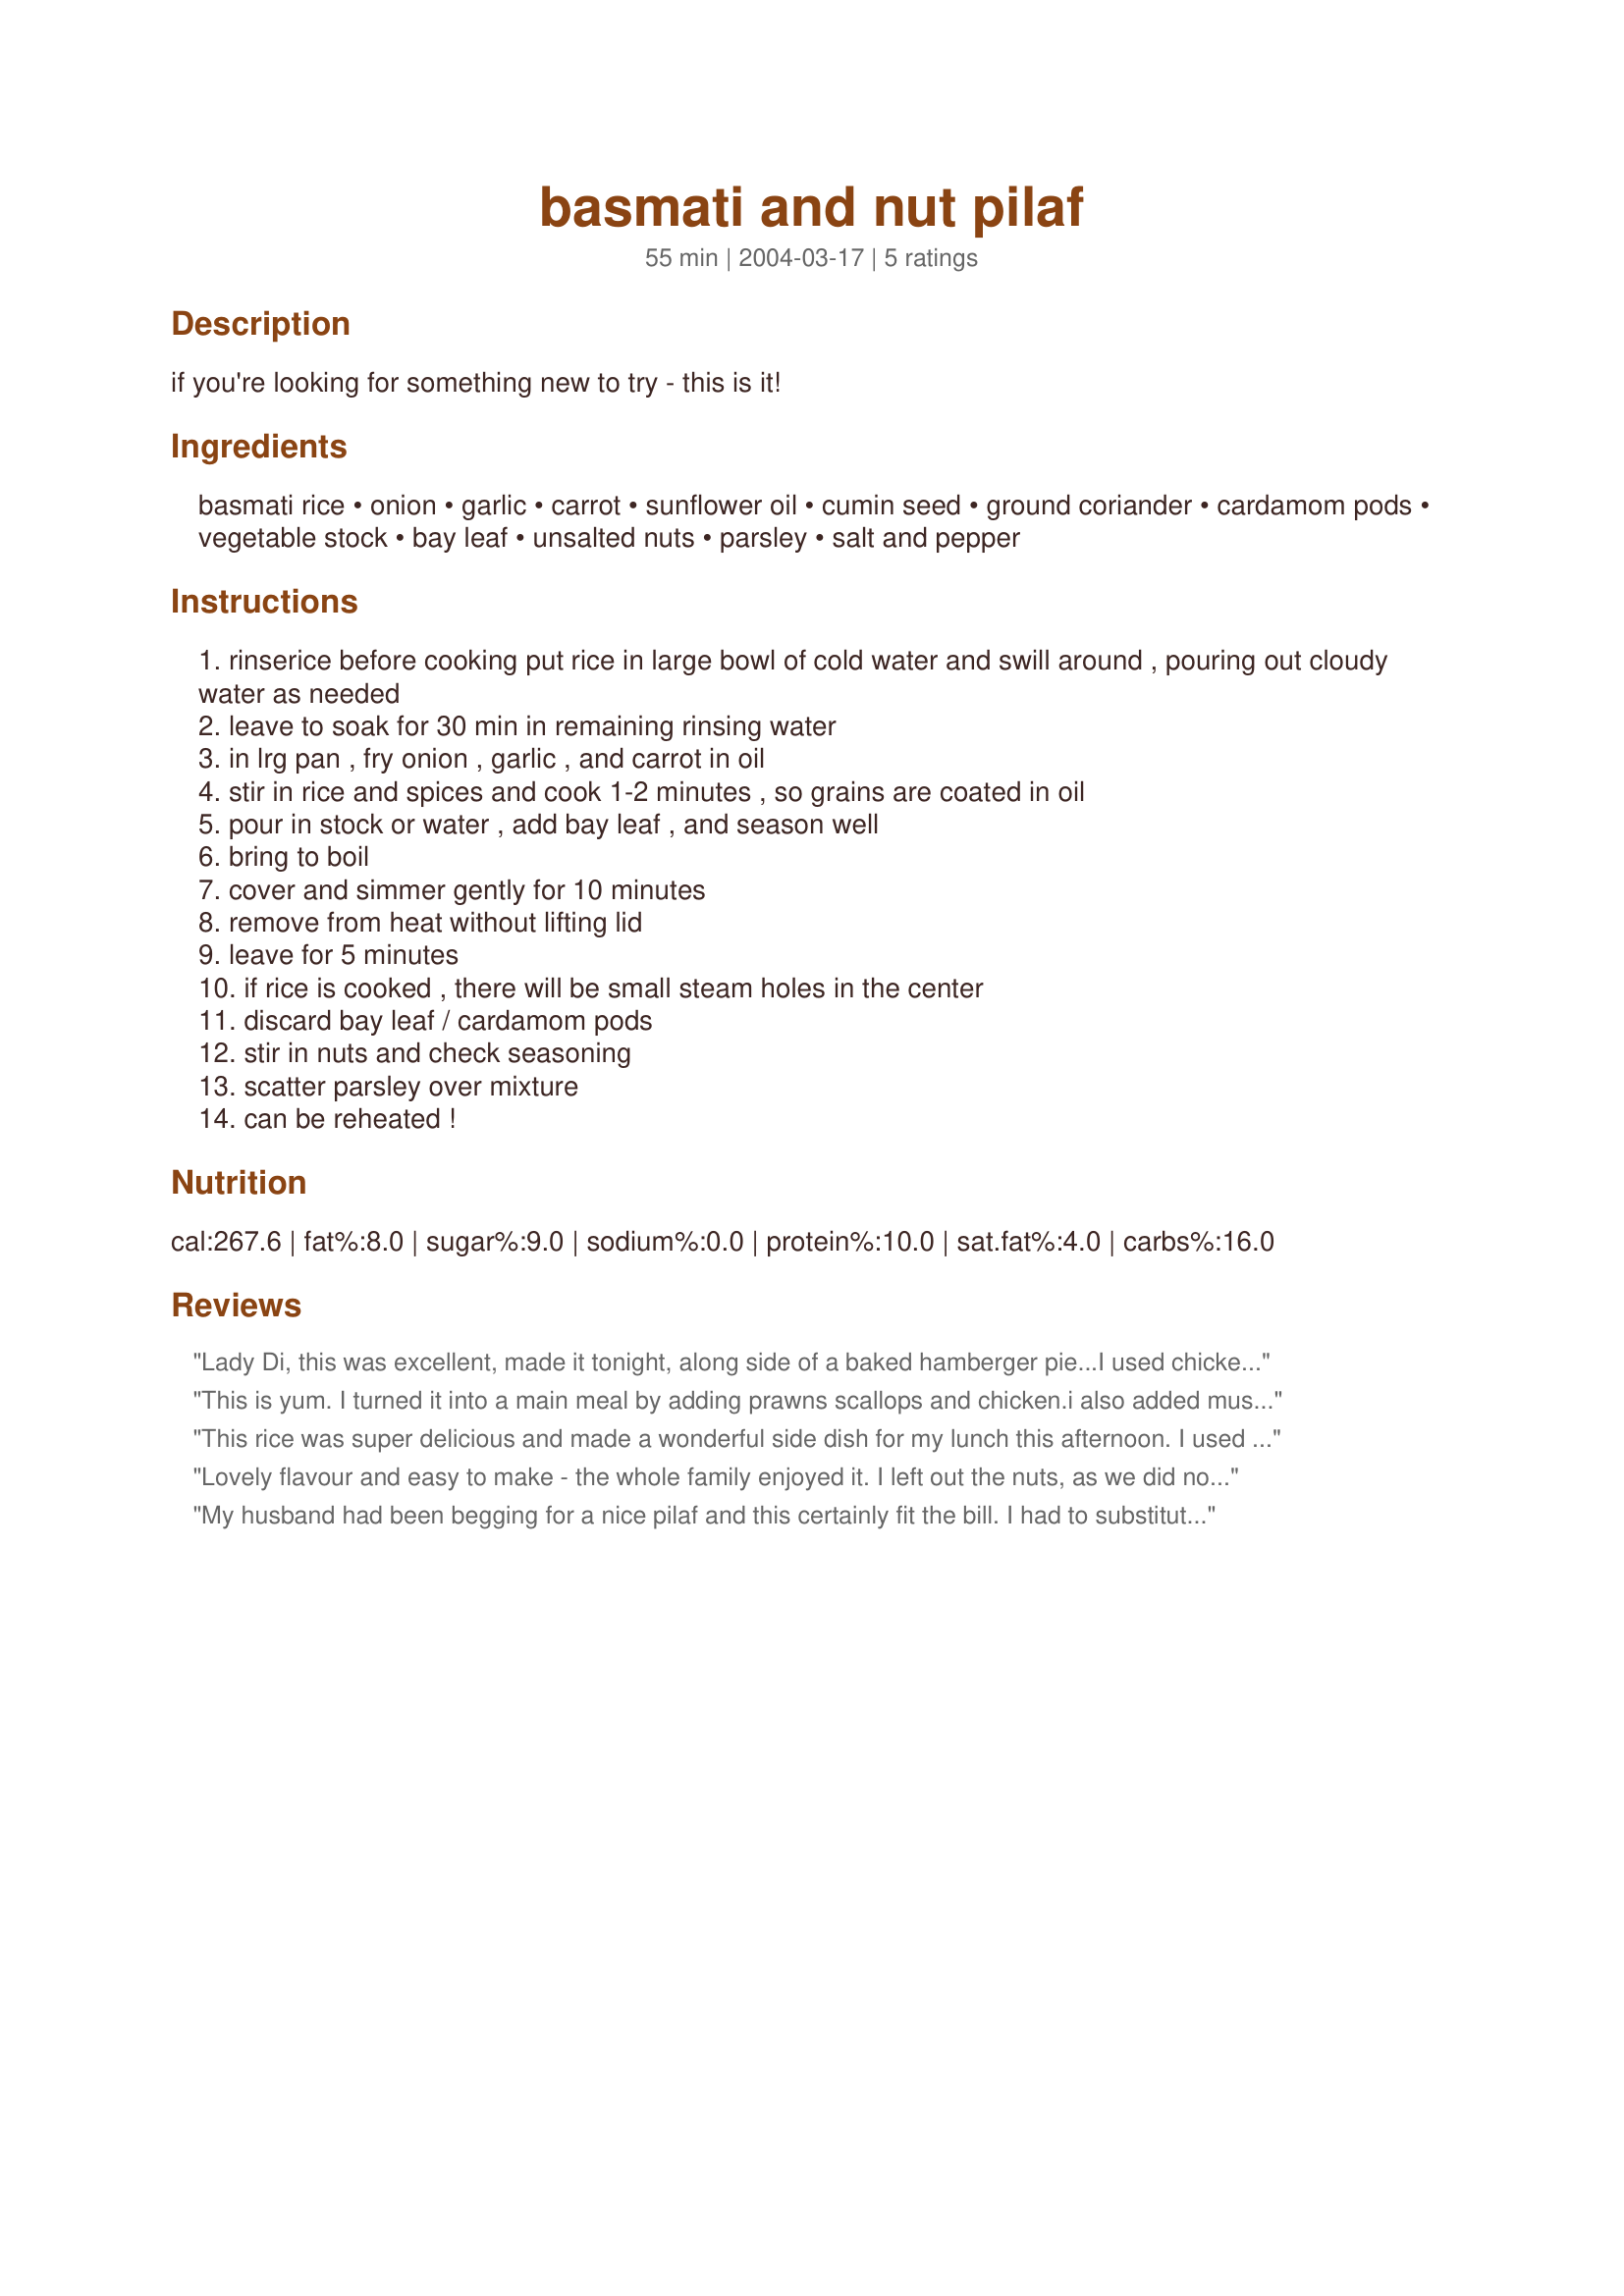
basmati and nut pilaf
Preparation time: 55 minutes

if you're looking for something new to try - this is it!

Ingredients:
basmati rice, onion, garlic, carrot, sunflower oil, cumin seed, ground coriander, cardamom pods, vegetable stock, bay leaf, unsalted nuts, parsley, salt and pepper

Steps:
rinserice before cooking put rice in large bowl of cold water and swill around , pouring out cloudy water as needed
leave to soak for 30 min in remaining rinsing water
in lrg pan , fry onion , garlic , and carrot in oil
stir in rice and spices and cook 1-2 minutes , so grains are coated in oil
pour in stock or water , add bay leaf , and season well
bring to boil
cover and simmer gently for 10 minutes
remove from heat without lifting lid
leave for 5 minutes
if rice is cooked , there will be small steam holes in the center
discard bay leaf / cardamom pods
stir in nuts and check seasoning
scatter parsley over mixture
can be reheated !

Reviews:
Lady Di, this was excellent, made it tonight, along side of a baked hamberger pie...I used chicken broth instead of veggie broth, I left out the cardamon pods, and used walnuts, even without the cardamon pods, it was still delicious...we love basmati rice, it has such a wonderful nutty flavor, this is a delicious side dish to any meal...I will be making this again, DH and myself both enjoyed it...thanks for posting! :-)
This is yum. I turned it into a main meal by adding prawns scallops and chicken.i also added mustard seeds.
This rice was super delicious and made a wonderful side dish for my lunch this afternoon. I used cashewnuts to make this. As for the vegetable broth, I made that by dissolving 2 cubes of Maggi vegetable broth with onions in 2 1/2 cups of water. I'm going to be making this alot often!! Thanks so much for an easy and lovely recipe!
Lovely flavour and easy to make - the whole family enjoyed it. I left out the nuts, as we did not have any, but will try it with some nuts next time.
My husband had been begging for a nice pilaf and this certainly fit the bill. I had to substitute ground cumin for the cumin seeds, and used olive oil, rather than safflower, but it was delicious! Thanks for submitting it!
